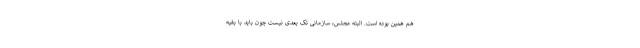
هم همین بوده است. البته مجلس، سازمانی تک بعدی نیست چون باید با بقیه